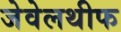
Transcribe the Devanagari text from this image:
जेवेलथीफ